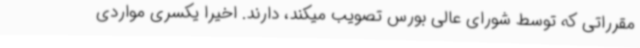
مقرراتی که توسط شورای عالی بورس تصویب میکند، دارند. اخیرا یکسری مواردی